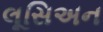
લૂસિઅન